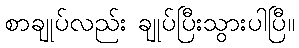
စာချုပ်လည်း ချုပ်ပြီးသွားပါပြီ။